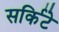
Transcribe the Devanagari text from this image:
सर्किटे